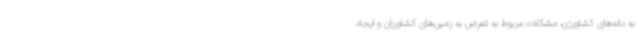
به دانه‌های کشاورزی، مشکلات مربوط به تعرض به زمین‌های کشاورزان و ایجاد